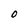
Character: O